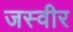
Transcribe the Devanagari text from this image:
जस्वीर